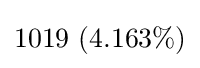
1019\ (4.163\%)